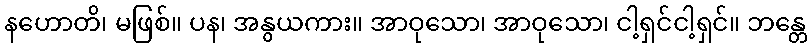
နဟောတိ၊ မဖြစ်။ ပန၊ အနွယကား။ အာဝုသော၊ အာဝုသော၊ ငါ့ရှင်ငါ့ရှင်။ ဘန္တေ